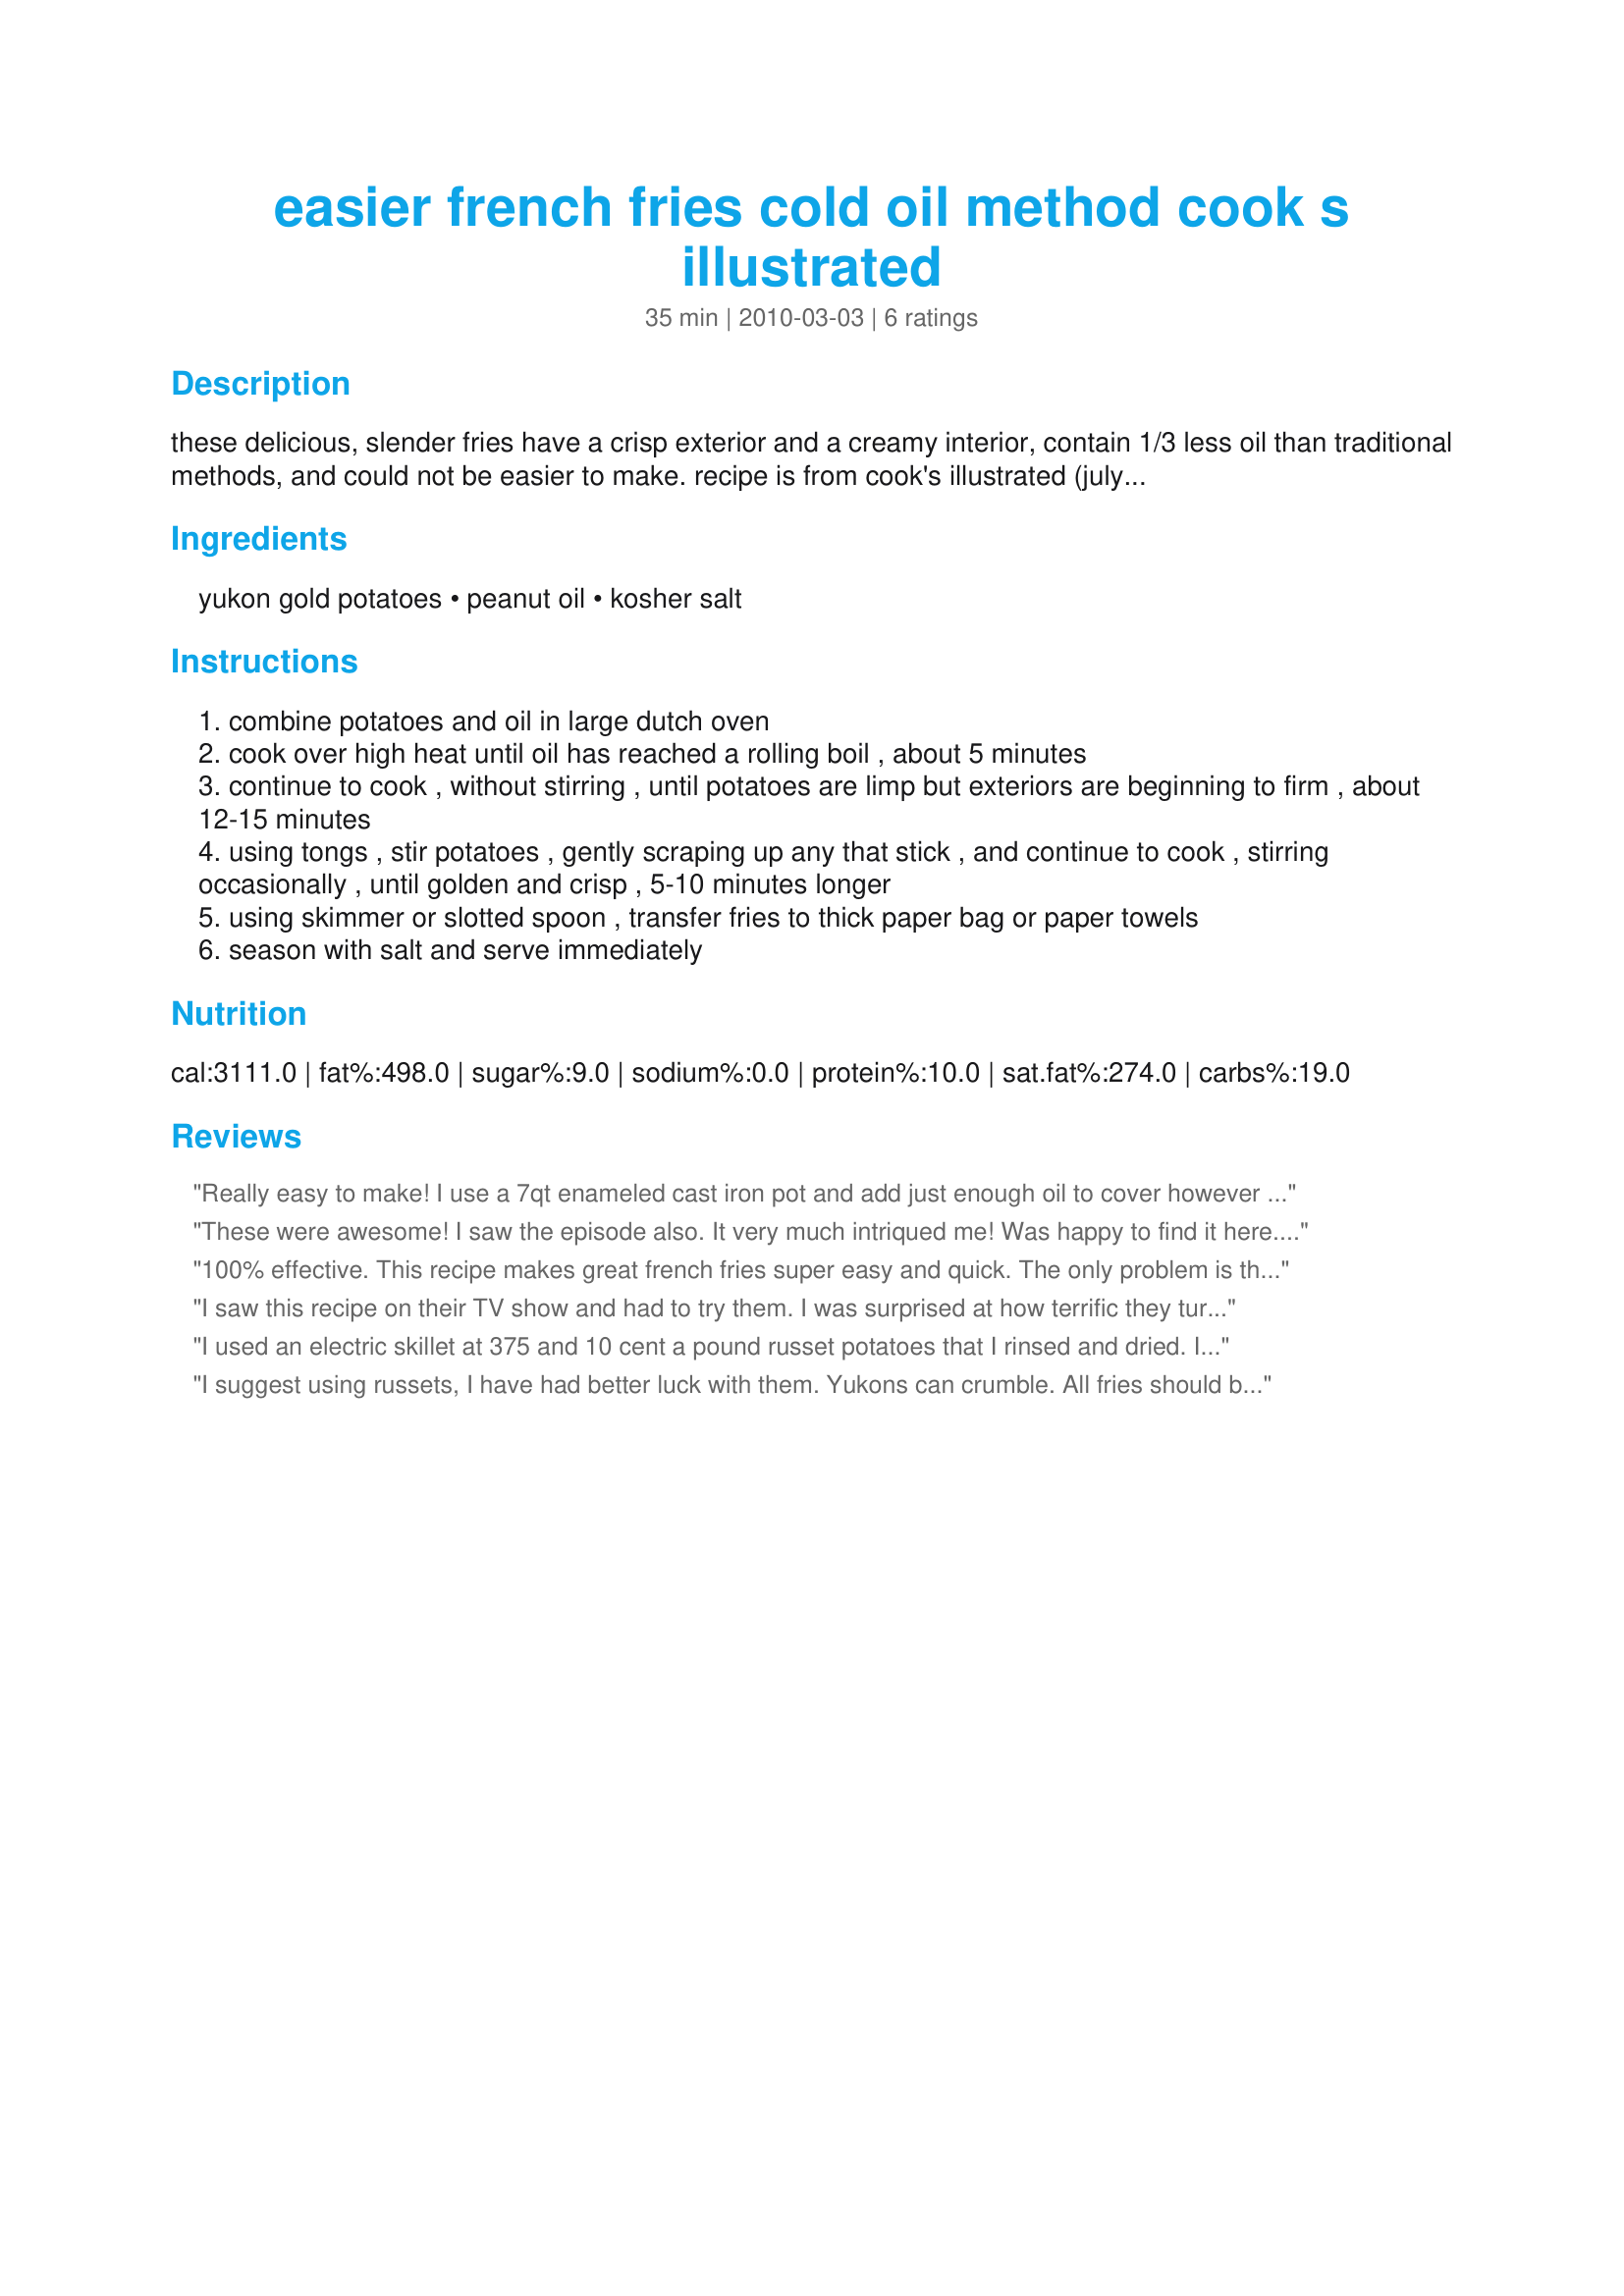
easier french fries cold oil method cook s illustrated
Preparation time: 35 minutes

these delicious, slender fries have a crisp exterior and a creamy interior, contain 1/3 less oil than traditional methods, and could not be easier to make. recipe is from cook's illustrated (july, 2009) and the method is attributed to michelin-starred french chef jöel robuchon. it skips the usual rinsing and soaking and you only need to fry once. you must use yukon golds (russets are too starchy).

Ingredients:
yukon gold potatoes, peanut oil, kosher salt

Steps:
combine potatoes and oil in large dutch oven
cook over high heat until oil has reached a rolling boil , about 5 minutes
continue to cook , without stirring , until potatoes are limp but exteriors are beginning to firm , about 12-15 minutes
using tongs , stir potatoes , gently scraping up any that stick , and continue to cook , stirring occasionally , until golden and crisp , 5-10 minutes longer
using skimmer or slotted spoon , transfer fries to thick paper bag or paper towels
season with salt and serve immediately

Reviews:
Really easy to make! I use a 7qt enameled cast iron pot and add just enough oil to cover however many potatoes I use.
These were awesome! I saw the episode also. It very much intriqued me! Was happy to find it here. I read a review on another site that said theirs burned. I made sure when mine got to a heavy rolling boil, I turned it back to about medium high and it was Still at a good rolling boil. They turned out perfect and I don't usually make fried foods. My picky son was even asking when I was going to make these again. So much easier not having to worry about the temperature of the oil. Thanks for posting this!
100% effective. This recipe makes great french fries super easy and quick. The only problem is that I will probably eat more french fries now.
I saw this recipe on their TV show and had to try them. I was surprised at how terrific they turned out!<br/>I also read somewhere that these fries were tested after cooking and they were lower in oil content than the "hot oil" method of cooking fries.<br/><br/>My family loves these and they are so easy to make. They really do turn out crispy.<br/><br/>Be warned that some Yukon gold potatoes are sweeter than others so you may get a slightly sweet fry. Some people prefer these with regular old russets.
I used an electric skillet at 375 and 10 cent a pound russet potatoes that I rinsed and dried. I used enough oil to just cover the fries and made sure it was one layer of potatoes, no overlapping. There was no sticking at all. These fries were amazing. They remained crispy even after they cooled off and weren&#039;t tough at all.
I suggest using russets, I have had better luck with them. Yukons can crumble. All fries should be made this way at home. It doesn't work commercially because you wouldn't want to start with cold oil every time. BTW, you don't have to watch the heat too much as the steam escaping from the fries moderates the oil temp. Did you know that McD doesn't time their fries? They remove them when the oil returns to the same temp as it was when dropping the basket. It's physics
